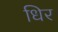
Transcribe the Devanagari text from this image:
धिर